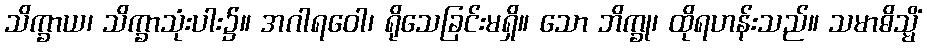
သိက္ခာယ၊ သိက္ခာသုံးပါး၌။ အဂါရဝေါ၊ ရိုသေခြင်းမရှိ။ သော ဘိက္ခု၊ ထိုရဟန်းသည်။ သမာဓိသ္မိံ